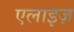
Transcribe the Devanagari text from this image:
एलाइज़